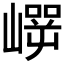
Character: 𰎵